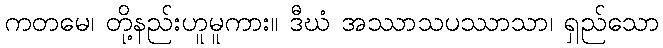
ကတမေ၊ တို့နည်းဟူမူကား။ ဒီဃံ အဿာသပဿာသာ၊ ရှည်သော